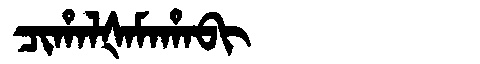
Manchu: ᠴᡳᡥᠠᠯᡧᠠᠮᠠᡥᠠᠪᡳ
Romanization: CIHALŠAMAHABI